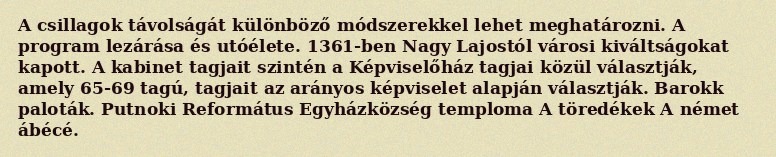
A csillagok távolságát különböző módszerekkel lehet meghatározni. A program lezárása és utóélete. 1361-ben Nagy Lajostól városi kiváltságokat kapott. A kabinet tagjait szintén a Képviselőház tagjai közül választják, amely 65-69 tagú, tagjait az arányos képviselet alapján választják. Barokk paloták. Putnoki Református Egyházközség temploma A töredékek A német ábécé.